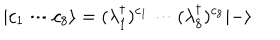
| c _ { 1 } \cdots c _ { 8 } \rangle = ( \lambda _ { 1 } ^ { \dagger } ) ^ { c _ { 1 } } \cdots ( \lambda _ { 8 } ^ { \dagger } ) ^ { c _ { 8 } } | - \rangle